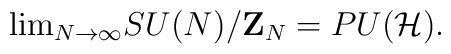
{\rm lim}_{N\to\infty} SU(N)/{\bf Z}_N=PU({\cal H}).